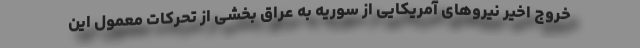
خروج اخیر نیروهای آمریکایی از سوریه به عراق بخشی از تحرکات معمول این